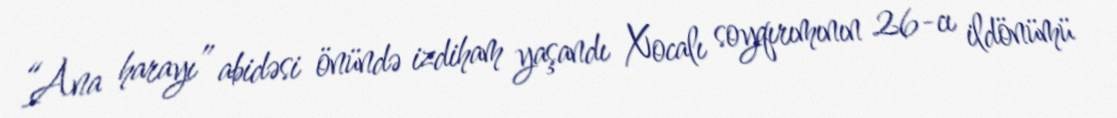
“Ana harayı” abidəsi önündə izdiham yaşandı Xocalı soyqırımının 26-cı ildönümü